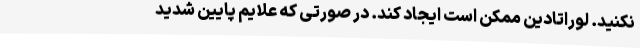
نکنید. لوراتادین ممکن است ایجاد کند. در صورتی که علایم پایین شدید